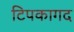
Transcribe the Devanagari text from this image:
टिपकागद